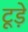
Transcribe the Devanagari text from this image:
टूड़े